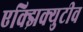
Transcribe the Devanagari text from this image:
एक्झिक्युटीव